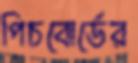
পিচবোর্ডের